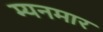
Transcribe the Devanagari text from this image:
म्यनमार